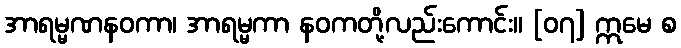
အာရမ္မဏနဝကာ၊ အာရမ္မကာ နဝကတို့လည်းကောင်း။ [၀၇] ဣမေ စ